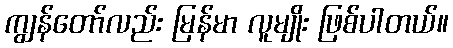
ကျွန်တော်လည်း မြန်မာ လူမျိုး ဖြစ်ပါတယ်။